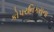
કોપરનિકસના